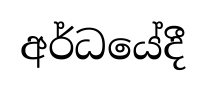
අර්ධයේදී